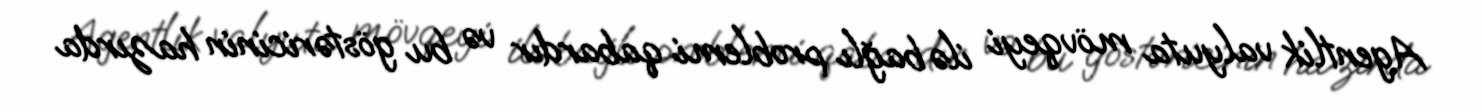
Agentlik valyuta mövqeyi ilə bağlı problemi qabardır və bu göstəricinin hazırda